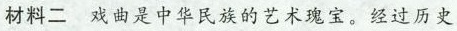
材料二 戏曲是中华民族的艺术瑰宝。经过历史